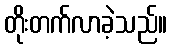
တိုးတက်လာခဲ့သည်။